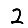
Digit: 2